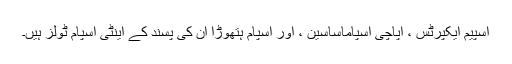
اسپیم ایکپرٹس ، اپاچی اسپاماساسین ، اور اسپام ہتھوڑا ان کی پسند کے اینٹی اسپام ٹولز ہیں۔